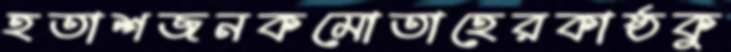
হতাশজনকমোতাহেরকাষ্ঠকু